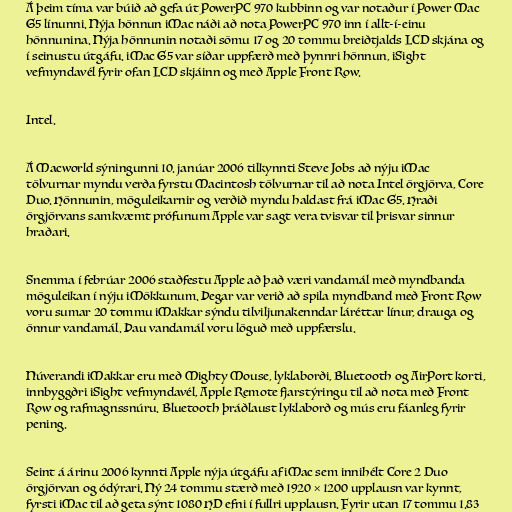
Á þeim tíma var búið að gefa út PowerPC 970 kubbinn og var notaður í Power Mac
G5 línunni. Nýja hönnun iMac náði að nota PowerPC 970 inn í allt-í-einu
hönnunina. Nýja hönnunin notaði sömu 17 og 20 tommu breiðtjalds LCD skjána og
í seinustu útgáfu. iMac G5 var síðar uppfærð með þynnri hönnun, iSight
vefmyndavél fyrir ofan LCD skjáinn og með Apple Front Row.

Intel.

Á Macworld sýningunni 10. janúar 2006 tilkynnti Steve Jobs að nýju iMac
tölvurnar myndu verða fyrstu Macintosh tölvurnar til að nota Intel örgjörva, Core
Duo. Hönnunin, möguleikarnir og verðið myndu haldast frá iMac G5. Hraði
örgjörvans samkvæmt prófunum Apple var sagt vera tvisvar til þrisvar sinnur
hraðari.

Snemma í febrúar 2006 staðfestu Apple að það væri vandamál með myndbanda
möguleikan í nýju iMökkunum. Þegar var verið að spila myndband með Front Row
voru sumar 20 tommu iMakkar sýndu tilviljunakenndar láréttar línur, drauga og
önnur vandamál. Þau vandamál voru löguð með uppfærslu.

Núverandi iMakkar eru með Mighty Mouse, lyklaborði, Bluetooth og AirPort korti,
innbyggðri iSight vefmyndavél, Apple Remote fjarstýringu til að nota með Front
Row og rafmagnssnúru. Bluetooth þráðlaust lyklaborð og mús eru fáanleg fyrir
pening.

Seint á árinu 2006 kynnti Apple nýja útgáfu af iMac sem innihélt Core 2 Duo
örgjörvan og ódýrari. Ný 24 tommu stærð með 1920 × 1200 upplausn var kynnt,
fyrsti iMac til að geta sýnt 1080 HD efni í fullri upplausn. Fyrir utan 17 tommu 1.83